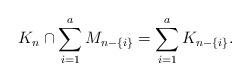
LaTeX: \begin{align*}K_n \cap \sum_{i=1}^a M_{n-\{i\}} = \sum_{i=1}^a K_{n-\{i\}}.\end{align*}